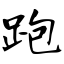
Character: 跑